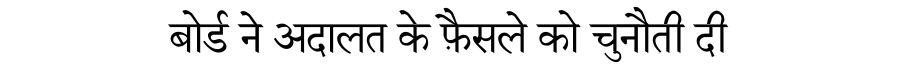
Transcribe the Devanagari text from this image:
बोर्ड ने अदालत के फ़ैसले को चुनौती दी